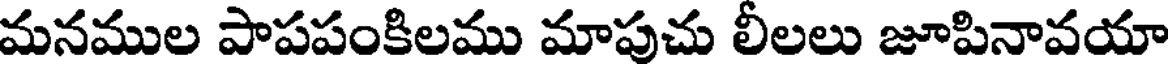
మనముల పాపపంకిలము మాపుచు లీలలు జూపినావయా